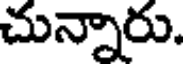
చున్నారు.